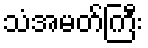
သံအမတ်ကြီး